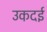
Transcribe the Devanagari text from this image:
उकदई